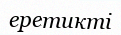
еретикті